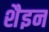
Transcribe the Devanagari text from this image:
शैइन